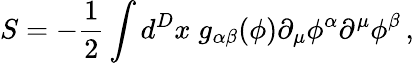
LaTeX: S=-\frac 12\int d^{D}x\; g_{\alpha\beta}(\phi)\partial_{\mu}\phi^{\alpha}\partial^{\mu}\phi^{\beta}\, ,